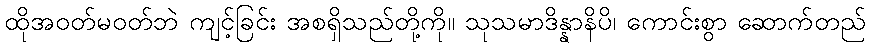
ထိုအဝတ်မဝတ်ဘဲ ကျင့်ခြင်း အစရှိသည်တို့ကို။ သုသမာဒိန္နာနိပိ၊ ကောင်းစွာ ဆောက်တည်